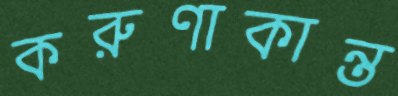
করুণাকান্ত